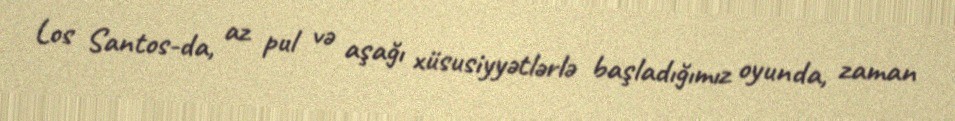
Los Santos-da, az pul və aşağı xüsusiyyətlərlə başladığımız oyunda, zaman